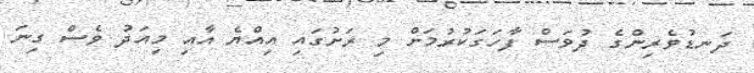
ދަނޑުވެރިންގެ ދުވަސް ފާހަގަކުރުމަށް މި ރަށުގައި އިއްޔެ އާއި މިއަދު ވެސް ގިނަ